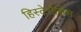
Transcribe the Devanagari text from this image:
हिस्टेरोसिस